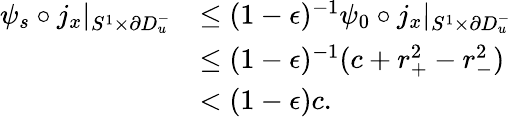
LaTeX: \begin{array}{rl}{\psi_{s}\circ j_{x}|_{S^{1}\times\partial D_{u}^{-}}}&{\leq(1-\epsilon)^{-1}\psi_{0}\circ j_{x}|_{S^{1}\times\partial D_{u}^{-}}}\\ &{\leq(1-\epsilon)^{-1}(c+r_{+}^{2}-r_{-}^{2})}\\ &{<(1-\epsilon)c.}\end{array}